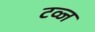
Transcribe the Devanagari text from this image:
टव्ज